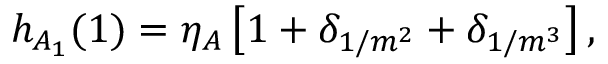
h _ { A _ { 1 } } ( 1 ) = \eta _ { A } \left[ 1 + \delta _ { 1 / m ^ { 2 } } + \delta _ { 1 / m ^ { 3 } } \right] ,